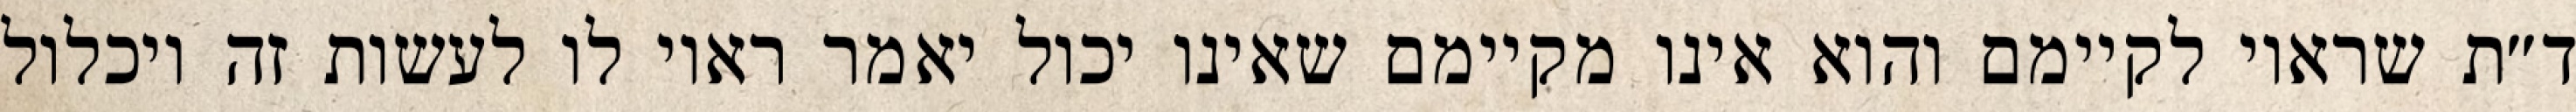
ד״ת שראוי לקיימם והוא אינו מקיימם שאינו יכול יאמר ראוי לו לעשות זה ויכלול